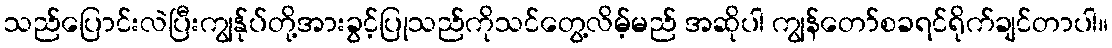
သည်ပြောင်းလဲပြီးကျွန်ုပ်တို့အားခွင့်ပြုသည်ကိုသင်တွေ့လိမ့်မည် အဆိုပါ ကျွန်တော်စခရင်ရိုက်ချင်တာပါ။